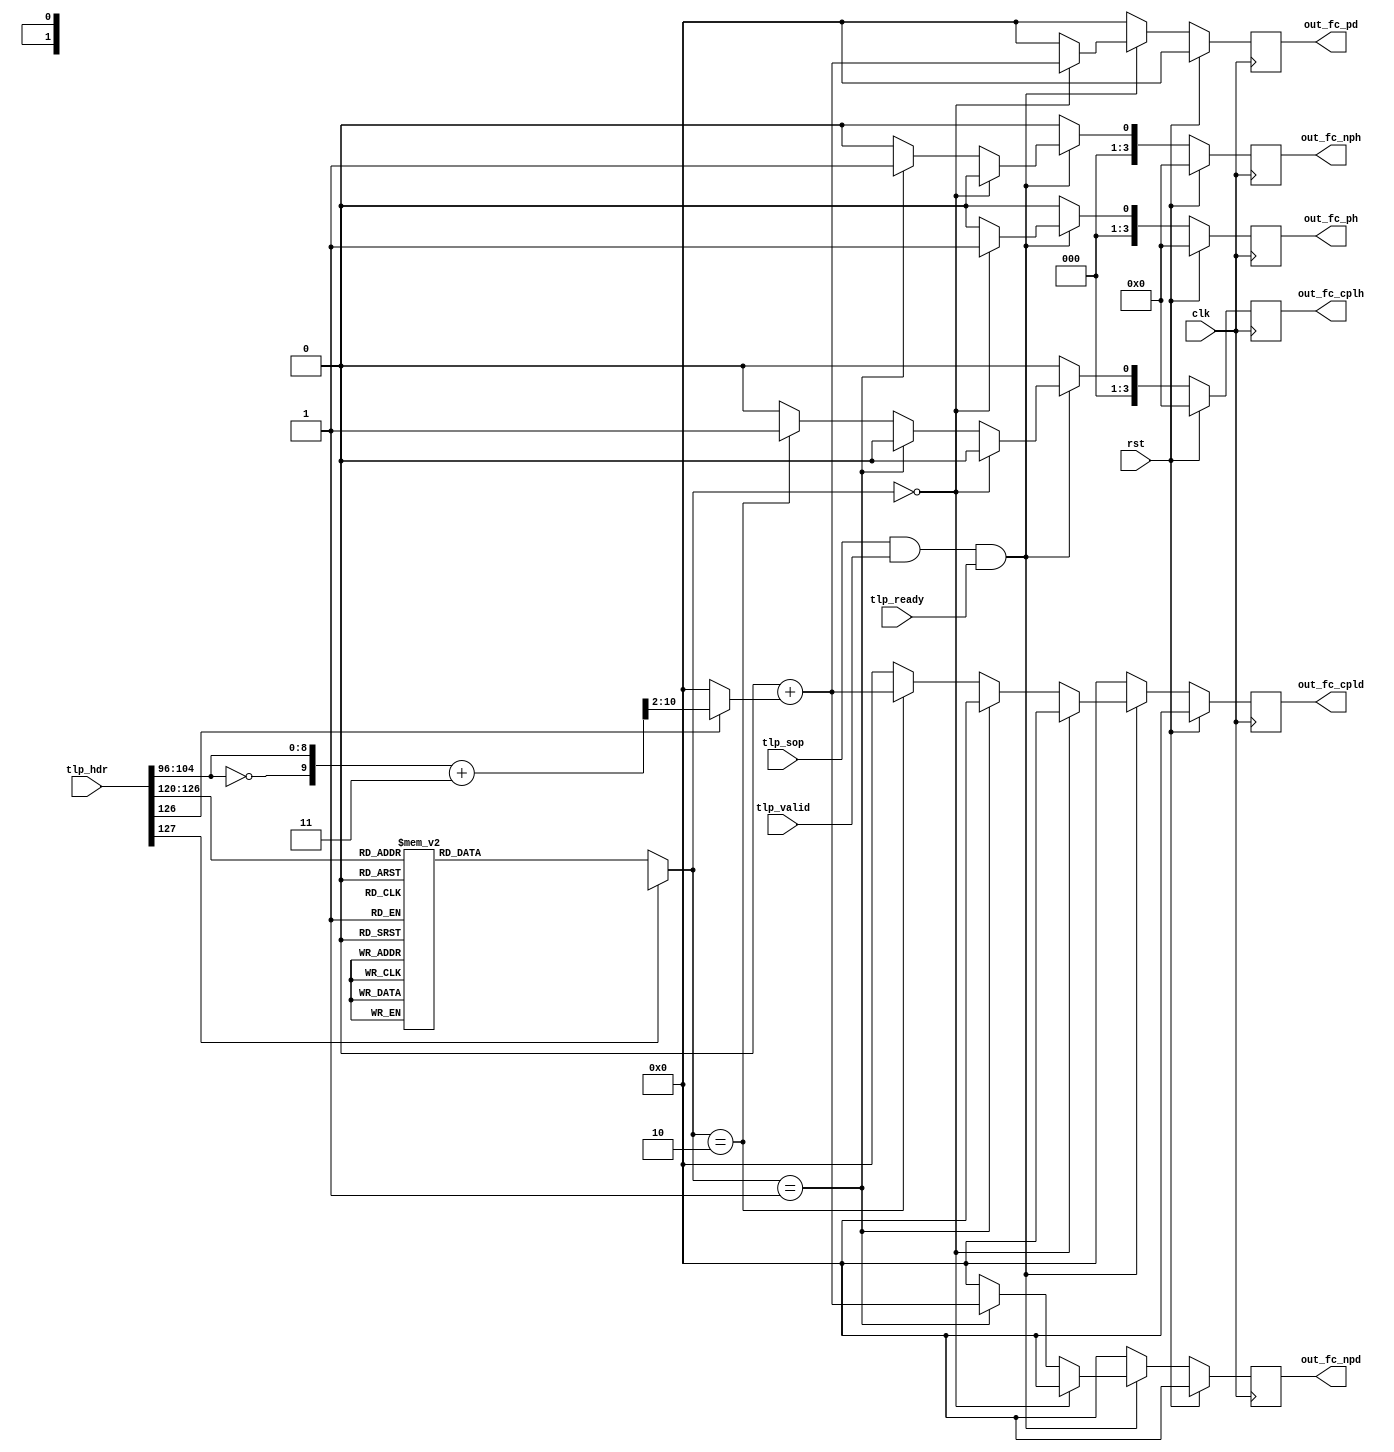
/*

Copyright (c) 2022 Alex Forencich

Permission is hereby granted, free of charge, to any person obtaining a copy
of this software and associated documentation files (the "Software"), to deal
in the Software without restriction, including without limitation the rights
to use, copy, modify, merge, publish, distribute, sublicense, and/or sell
copies of the Software, and to permit persons to whom the Software is
furnished to do so, subject to the following conditions:

The above copyright notice and this permission notice shall be included in
all copies or substantial portions of the Software.

THE SOFTWARE IS PROVIDED "AS IS", WITHOUT WARRANTY OF ANY KIND, EXPRESS OR
IMPLIED, INCLUDING BUT NOT LIMITED TO THE WARRANTIES OF MERCHANTABILITY
FITNESS FOR A PARTICULAR PURPOSE AND NONINFRINGEMENT. IN NO EVENT SHALL THE
AUTHORS OR COPYRIGHT HOLDERS BE LIABLE FOR ANY CLAIM, DAMAGES OR OTHER
LIABILITY, WHETHER IN AN ACTION OF CONTRACT, TORT OR OTHERWISE, ARISING FROM,
OUT OF OR IN CONNECTION WITH THE SOFTWARE OR THE USE OR OTHER DEALINGS IN
THE SOFTWARE.

*/

// Language: Verilog 2001

`resetall
`timescale 1ns / 1ps
`default_nettype none

/*
 * PCIe TLP flow control credit counter
 */
module pcie_tlp_fc_count #
(
    // TLP header width
    parameter TLP_HDR_WIDTH = 128,
    // TLP segment count
    parameter TLP_SEG_COUNT = 1
)
(
    input  wire                                    clk,
    input  wire                                    rst,

    /*
     * TLP monitor
     */
    input  wire [TLP_SEG_COUNT*TLP_HDR_WIDTH-1:0]  tlp_hdr,
    input  wire [TLP_SEG_COUNT-1:0]                tlp_valid,
    input  wire [TLP_SEG_COUNT-1:0]                tlp_sop,
    input  wire                                    tlp_ready,

    /*
     * Flow control count output
     */
    output wire [3:0]                              out_fc_ph,
    output wire [8:0]                              out_fc_pd,
    output wire [3:0]                              out_fc_nph,
    output wire [8:0]                              out_fc_npd,
    output wire [3:0]                              out_fc_cplh,
    output wire [8:0]                              out_fc_cpld
);

// check configuration
initial begin
    if (TLP_HDR_WIDTH != 128) begin
        $error("Error: TLP segment header width must be 128 (instance %m)");
        $finish;
    end
end

localparam [1:0]
    FC_TYPE_P = 2'b00,
    FC_TYPE_NP = 2'b01,
    FC_TYPE_CPL = 2'b10;

function [1:0] tlp_fc_type;
    input [7:0] fmt_type;
    case (fmt_type)
        8'b000_00000: tlp_fc_type = FC_TYPE_NP;  // MEM_READ
        8'b001_00000: tlp_fc_type = FC_TYPE_NP;  // MEM_READ_64
        8'b000_00001: tlp_fc_type = FC_TYPE_NP;  // MEM_READ_LOCKED
        8'b001_00001: tlp_fc_type = FC_TYPE_NP;  // MEM_READ_LOCKED_64
        8'b010_00000: tlp_fc_type = FC_TYPE_P;   // MEM_WRITE
        8'b011_00000: tlp_fc_type = FC_TYPE_P;   // MEM_WRITE_64
        8'b000_00010: tlp_fc_type = FC_TYPE_NP;  // IO_READ
        8'b010_00010: tlp_fc_type = FC_TYPE_NP;  // IO_WRITE
        8'b000_00100: tlp_fc_type = FC_TYPE_NP;  // CFG_READ_0
        8'b010_00100: tlp_fc_type = FC_TYPE_NP;  // CFG_WRITE_0
        8'b000_00101: tlp_fc_type = FC_TYPE_NP;  // CFG_READ_1
        8'b010_00101: tlp_fc_type = FC_TYPE_NP;  // CFG_WRITE_1
        8'b001_10000: tlp_fc_type = FC_TYPE_P;   // MSG_TO_RC
        8'b001_10001: tlp_fc_type = FC_TYPE_P;   // MSG_ADDR
        8'b001_10010: tlp_fc_type = FC_TYPE_P;   // MSG_ID
        8'b001_10011: tlp_fc_type = FC_TYPE_P;   // MSG_BCAST
        8'b001_10100: tlp_fc_type = FC_TYPE_P;   // MSG_LOCAL
        8'b001_10101: tlp_fc_type = FC_TYPE_P;   // MSG_GATHER
        8'b011_10000: tlp_fc_type = FC_TYPE_P;   // MSG_DATA_TO_RC
        8'b011_10001: tlp_fc_type = FC_TYPE_P;   // MSG_DATA_ADDR
        8'b011_10010: tlp_fc_type = FC_TYPE_P;   // MSG_DATA_ID
        8'b011_10011: tlp_fc_type = FC_TYPE_P;   // MSG_DATA_BCAST
        8'b011_10100: tlp_fc_type = FC_TYPE_P;   // MSG_DATA_LOCAL
        8'b011_10101: tlp_fc_type = FC_TYPE_P;   // MSG_DATA_GATHER
        8'b000_01010: tlp_fc_type = FC_TYPE_CPL; // CPL
        8'b010_01010: tlp_fc_type = FC_TYPE_CPL; // CPL_DATA
        8'b000_01011: tlp_fc_type = FC_TYPE_CPL; // CPL_LOCKED
        8'b010_01011: tlp_fc_type = FC_TYPE_CPL; // CPL_LOCKED_DATA
        8'b010_01100: tlp_fc_type = FC_TYPE_NP;  // FETCH_ADD
        8'b011_01100: tlp_fc_type = FC_TYPE_NP;  // FETCH_ADD_64
        8'b010_01101: tlp_fc_type = FC_TYPE_NP;  // SWAP
        8'b011_01101: tlp_fc_type = FC_TYPE_NP;  // SWAP_64
        8'b010_01110: tlp_fc_type = FC_TYPE_NP;  // CAS
        8'b011_01110: tlp_fc_type = FC_TYPE_NP;  // CAS_64
        default: tlp_fc_type = 2'bxx;
    endcase
endfunction

reg [1:0] seg_fc_type;
reg [11:0] seg_fc_d;

reg [3:0] fc_ph_reg = 0, fc_ph_next;
reg [8:0] fc_pd_reg = 0, fc_pd_next;
reg [3:0] fc_nph_reg = 0, fc_nph_next;
reg [8:0] fc_npd_reg = 0, fc_npd_next;
reg [3:0] fc_cplh_reg = 0, fc_cplh_next;
reg [8:0] fc_cpld_reg = 0, fc_cpld_next;

assign out_fc_ph = fc_ph_reg;
assign out_fc_pd = fc_pd_reg;
assign out_fc_nph = fc_nph_reg;
assign out_fc_npd = fc_npd_reg;
assign out_fc_cplh = fc_cplh_reg;
assign out_fc_cpld = fc_cpld_reg;

integer seg;

always @* begin
    fc_ph_next = 0;
    fc_pd_next = 0;
    fc_nph_next = 0;
    fc_npd_next = 0;
    fc_cplh_next = 0;
    fc_cpld_next = 0;

    for (seg = 0; seg < TLP_SEG_COUNT; seg = seg + 1) begin
        seg_fc_type = tlp_fc_type(tlp_hdr[seg*TLP_HDR_WIDTH+120 +: 8]);
        seg_fc_d = 0;
        if (tlp_hdr[seg*TLP_HDR_WIDTH+126]) begin
            seg_fc_d = ({tlp_hdr[seg*TLP_HDR_WIDTH+96 +: 9] == 0, tlp_hdr[seg*TLP_HDR_WIDTH+96 +: 9]}+3) >> 2;
        end

        if (tlp_sop[seg] && tlp_valid[seg] && tlp_ready) begin
            if (seg_fc_type == FC_TYPE_P) begin
                fc_ph_next = fc_ph_next + 1;
                fc_pd_next = fc_pd_next + seg_fc_d;
            end else if (seg_fc_type == FC_TYPE_NP) begin
                fc_nph_next = fc_nph_next + 1;
                fc_npd_next = fc_npd_next + seg_fc_d;
            end else if (seg_fc_type == FC_TYPE_CPL) begin
                fc_cplh_next = fc_cplh_next + 1;
                fc_cpld_next = fc_cpld_next + seg_fc_d;
            end
        end
    end
end

always @(posedge clk) begin
    fc_ph_reg <= fc_ph_next;
    fc_pd_reg <= fc_pd_next;
    fc_nph_reg <= fc_nph_next;
    fc_npd_reg <= fc_npd_next;
    fc_cplh_reg <= fc_cplh_next;
    fc_cpld_reg <= fc_cpld_next;

    if (rst) begin
        fc_ph_reg <= 0;
        fc_pd_reg <= 0;
        fc_nph_reg <= 0;
        fc_npd_reg <= 0;
        fc_cplh_reg <= 0;
        fc_cpld_reg <= 0;
    end
end

endmodule

`resetall